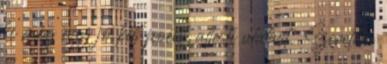
ki még egy jó kis poént, altesti utalást. Szeretem